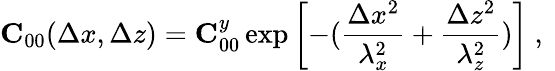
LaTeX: {\mathbf C}_{00}(\Delta x,\Delta z)={\mathbf C}_{00}^{y}\exp\left[-(\frac{\Delta x^{2}}{\lambda_{x}^{2}}+\frac{\Delta z^{2}}{\lambda_{z}^{2}})\right]\mathrm{~,~}